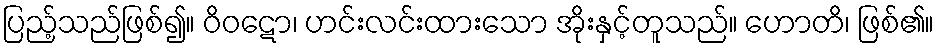
ပြည့်သည်ဖြစ်၍။ ဝိဝဋော၊ ဟင်းလင်းထားသော အိုးနှင့်တူသည်။ ဟောတိ၊ ဖြစ်၏။